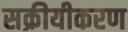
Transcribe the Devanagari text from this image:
सक्रीयीकरण